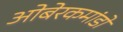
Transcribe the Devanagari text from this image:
ओबेरकमांडो